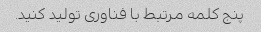
پنج کلمه مرتبط با فناوری تولید کنید.